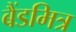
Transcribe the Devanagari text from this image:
बैंडमित्र